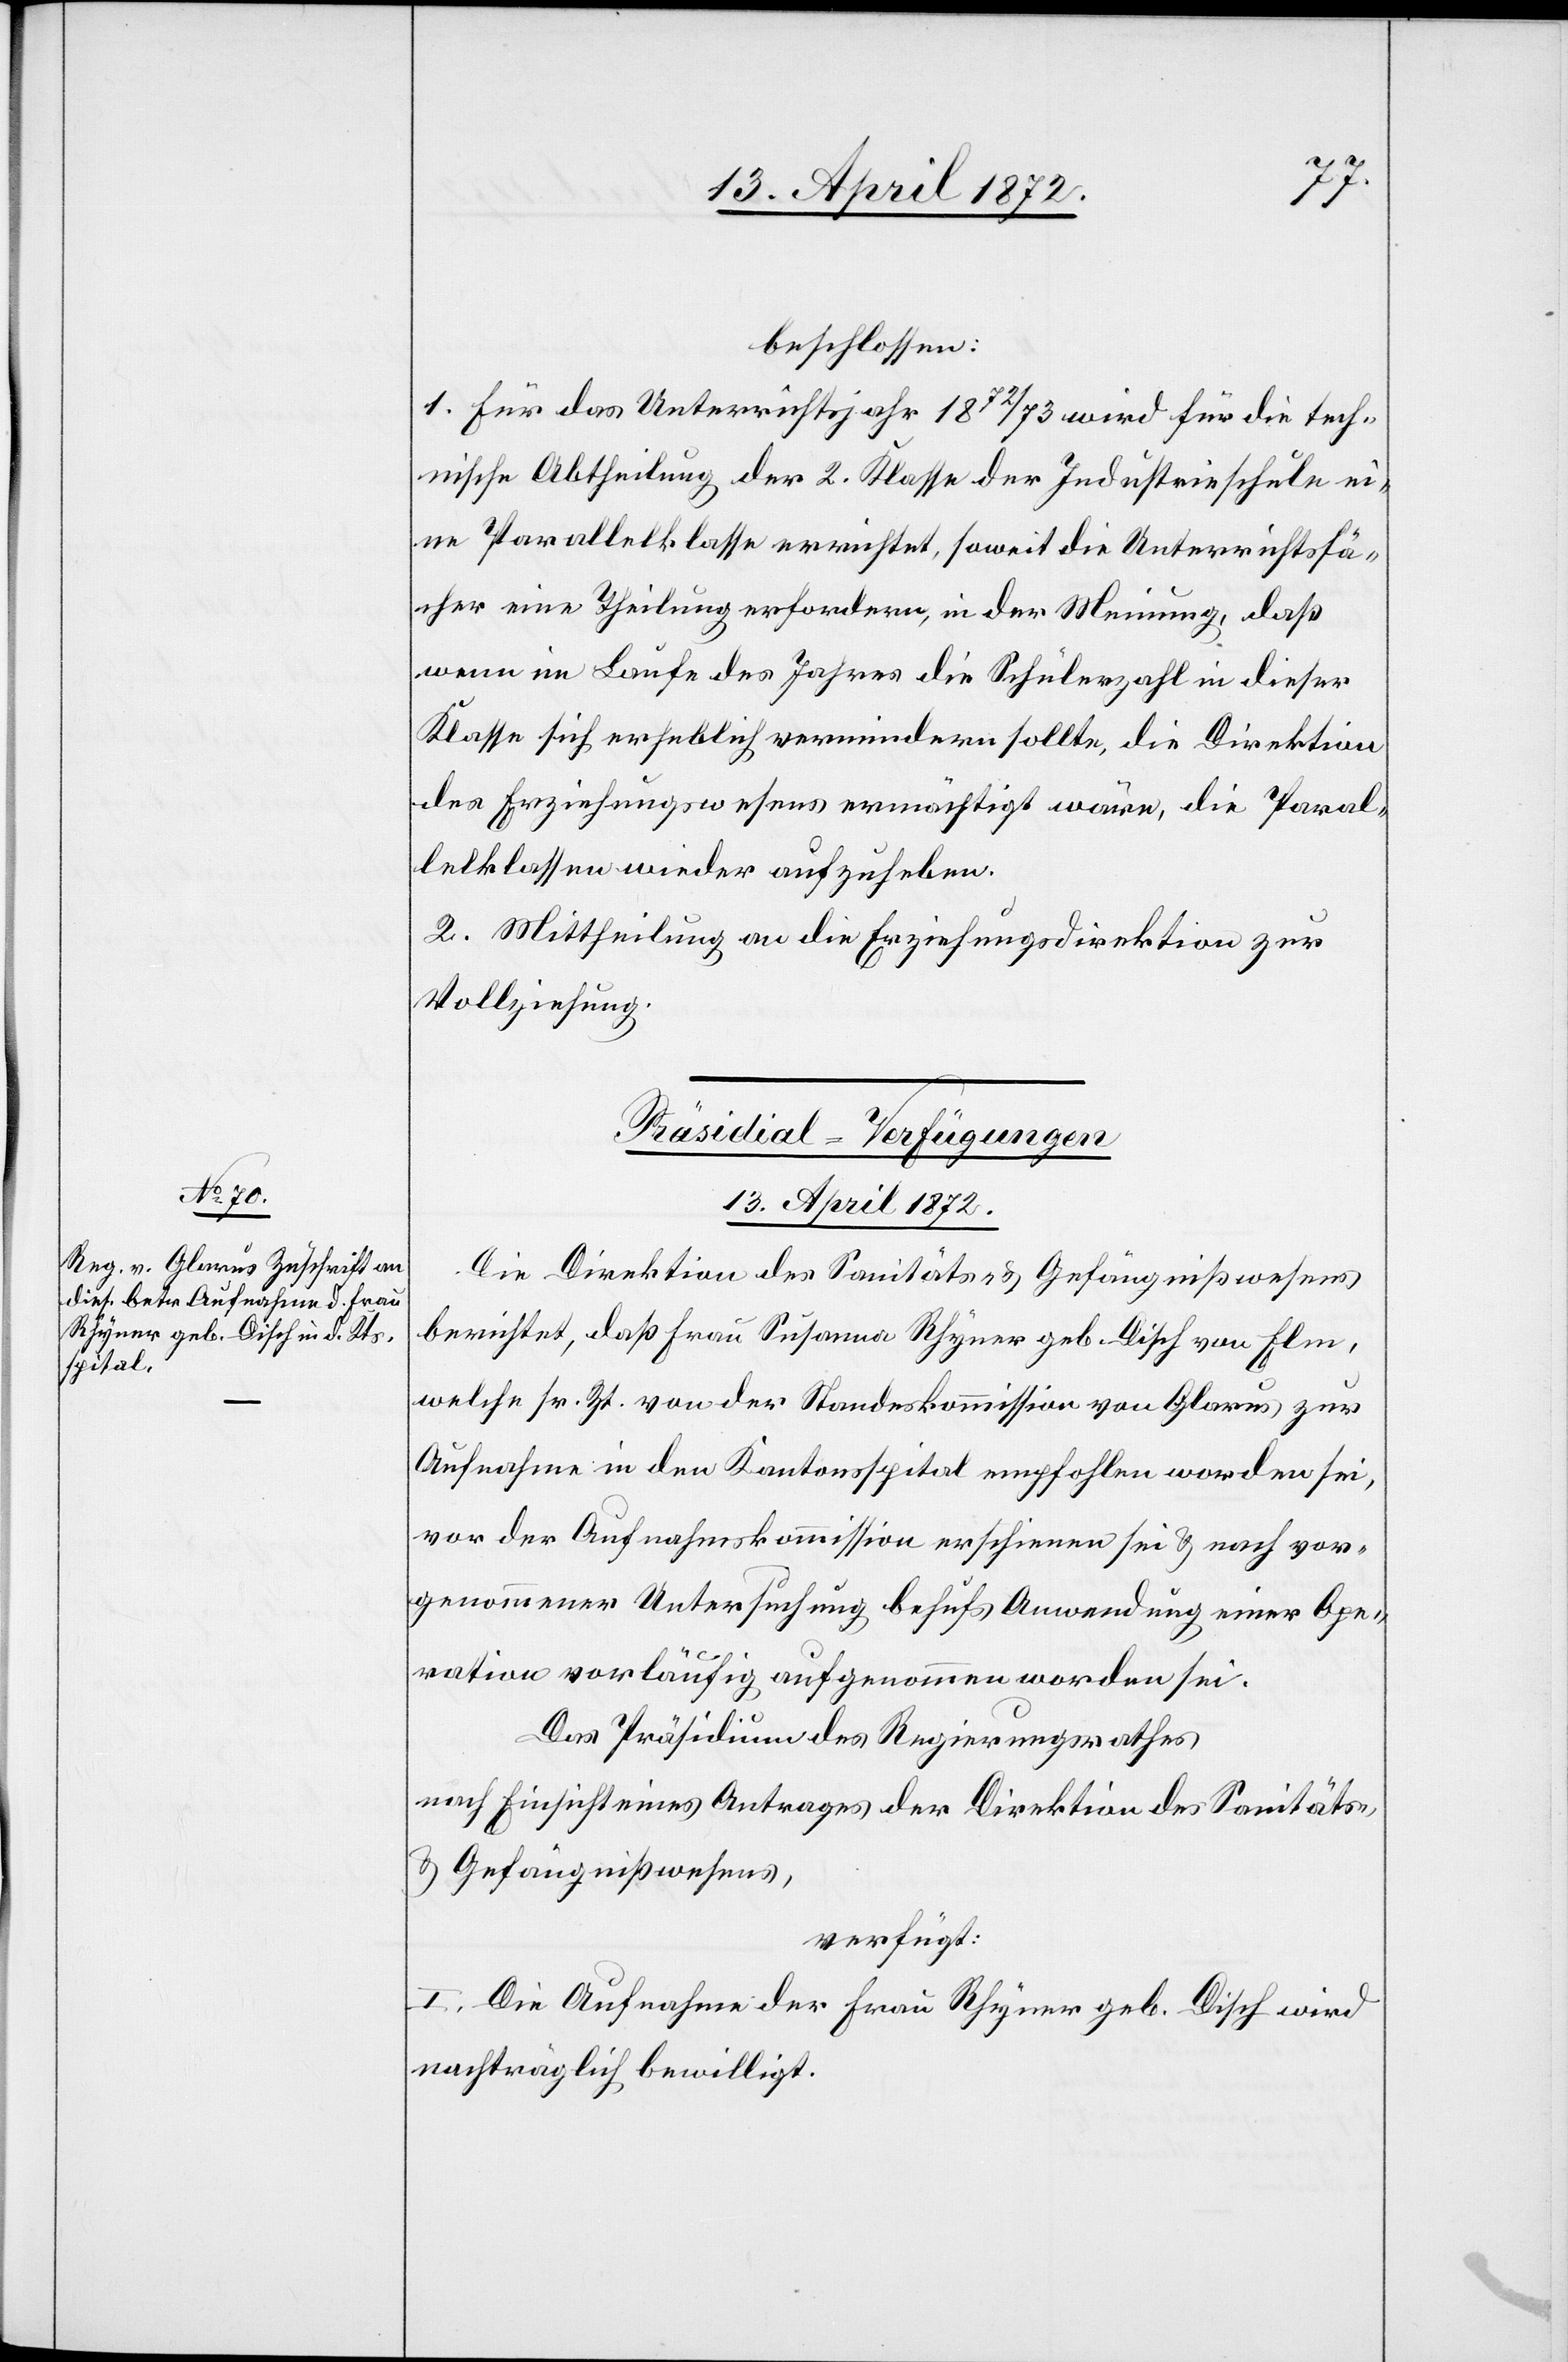
beschlossen:
1. Für das Unterrichtsjahr 1872/73 wird für die tech¬
nische Abtheilung der 2. Klasse der Industrieschule ei¬
ne Parallelklasse errichtet, soweit die Unterrichtsfä¬
cher eine Theilung erfordern, in der Meinung, daß
wenn im Laufe des Jahres die Schülerzahl in dieser
Klasse sich erheblich vermindern sollte, die Direktion
des Erziehungswesens ermächtigt wäre, die Paral¬
lelklassen wieder aufzuheben.
2. Mittheilung an die Erziehungsdirektion zur
Vollziehung.
Präsidial-Verfügungen
13. April 1872.
Die Direktion des Sanitäts- u. Gefängnißwesens
berichtet, daß Frau Susanna Rhyner geb. Disch von Elm,
welche sr. Zt. von der Standeskommission von Glarus zur
Aufnahme in den Kantonsspital empfohlen worden sei,
vor der Aufnahmskommission erschienen sei u. nach vor¬
genommener Untersuchung behufs Anwendung einer Ope¬
ration vorläufig aufgenommen worden sei.
Das Präsidium des Regierungsrathes
nach Einsicht eines Antrages der Direktion des Sanitäts-
u. Gefängnißwesens,
verfügt:
I. Die Aufnahme der Frau Rhyner geb. Disch wird
nachträglich bewilligt.